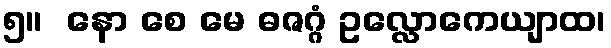
၅။  နော စေ မေ ဓဇဂ္ဂံ ဥလ္လောကေယျာထ၊